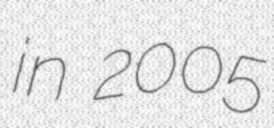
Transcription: in 2005